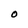
Character: O